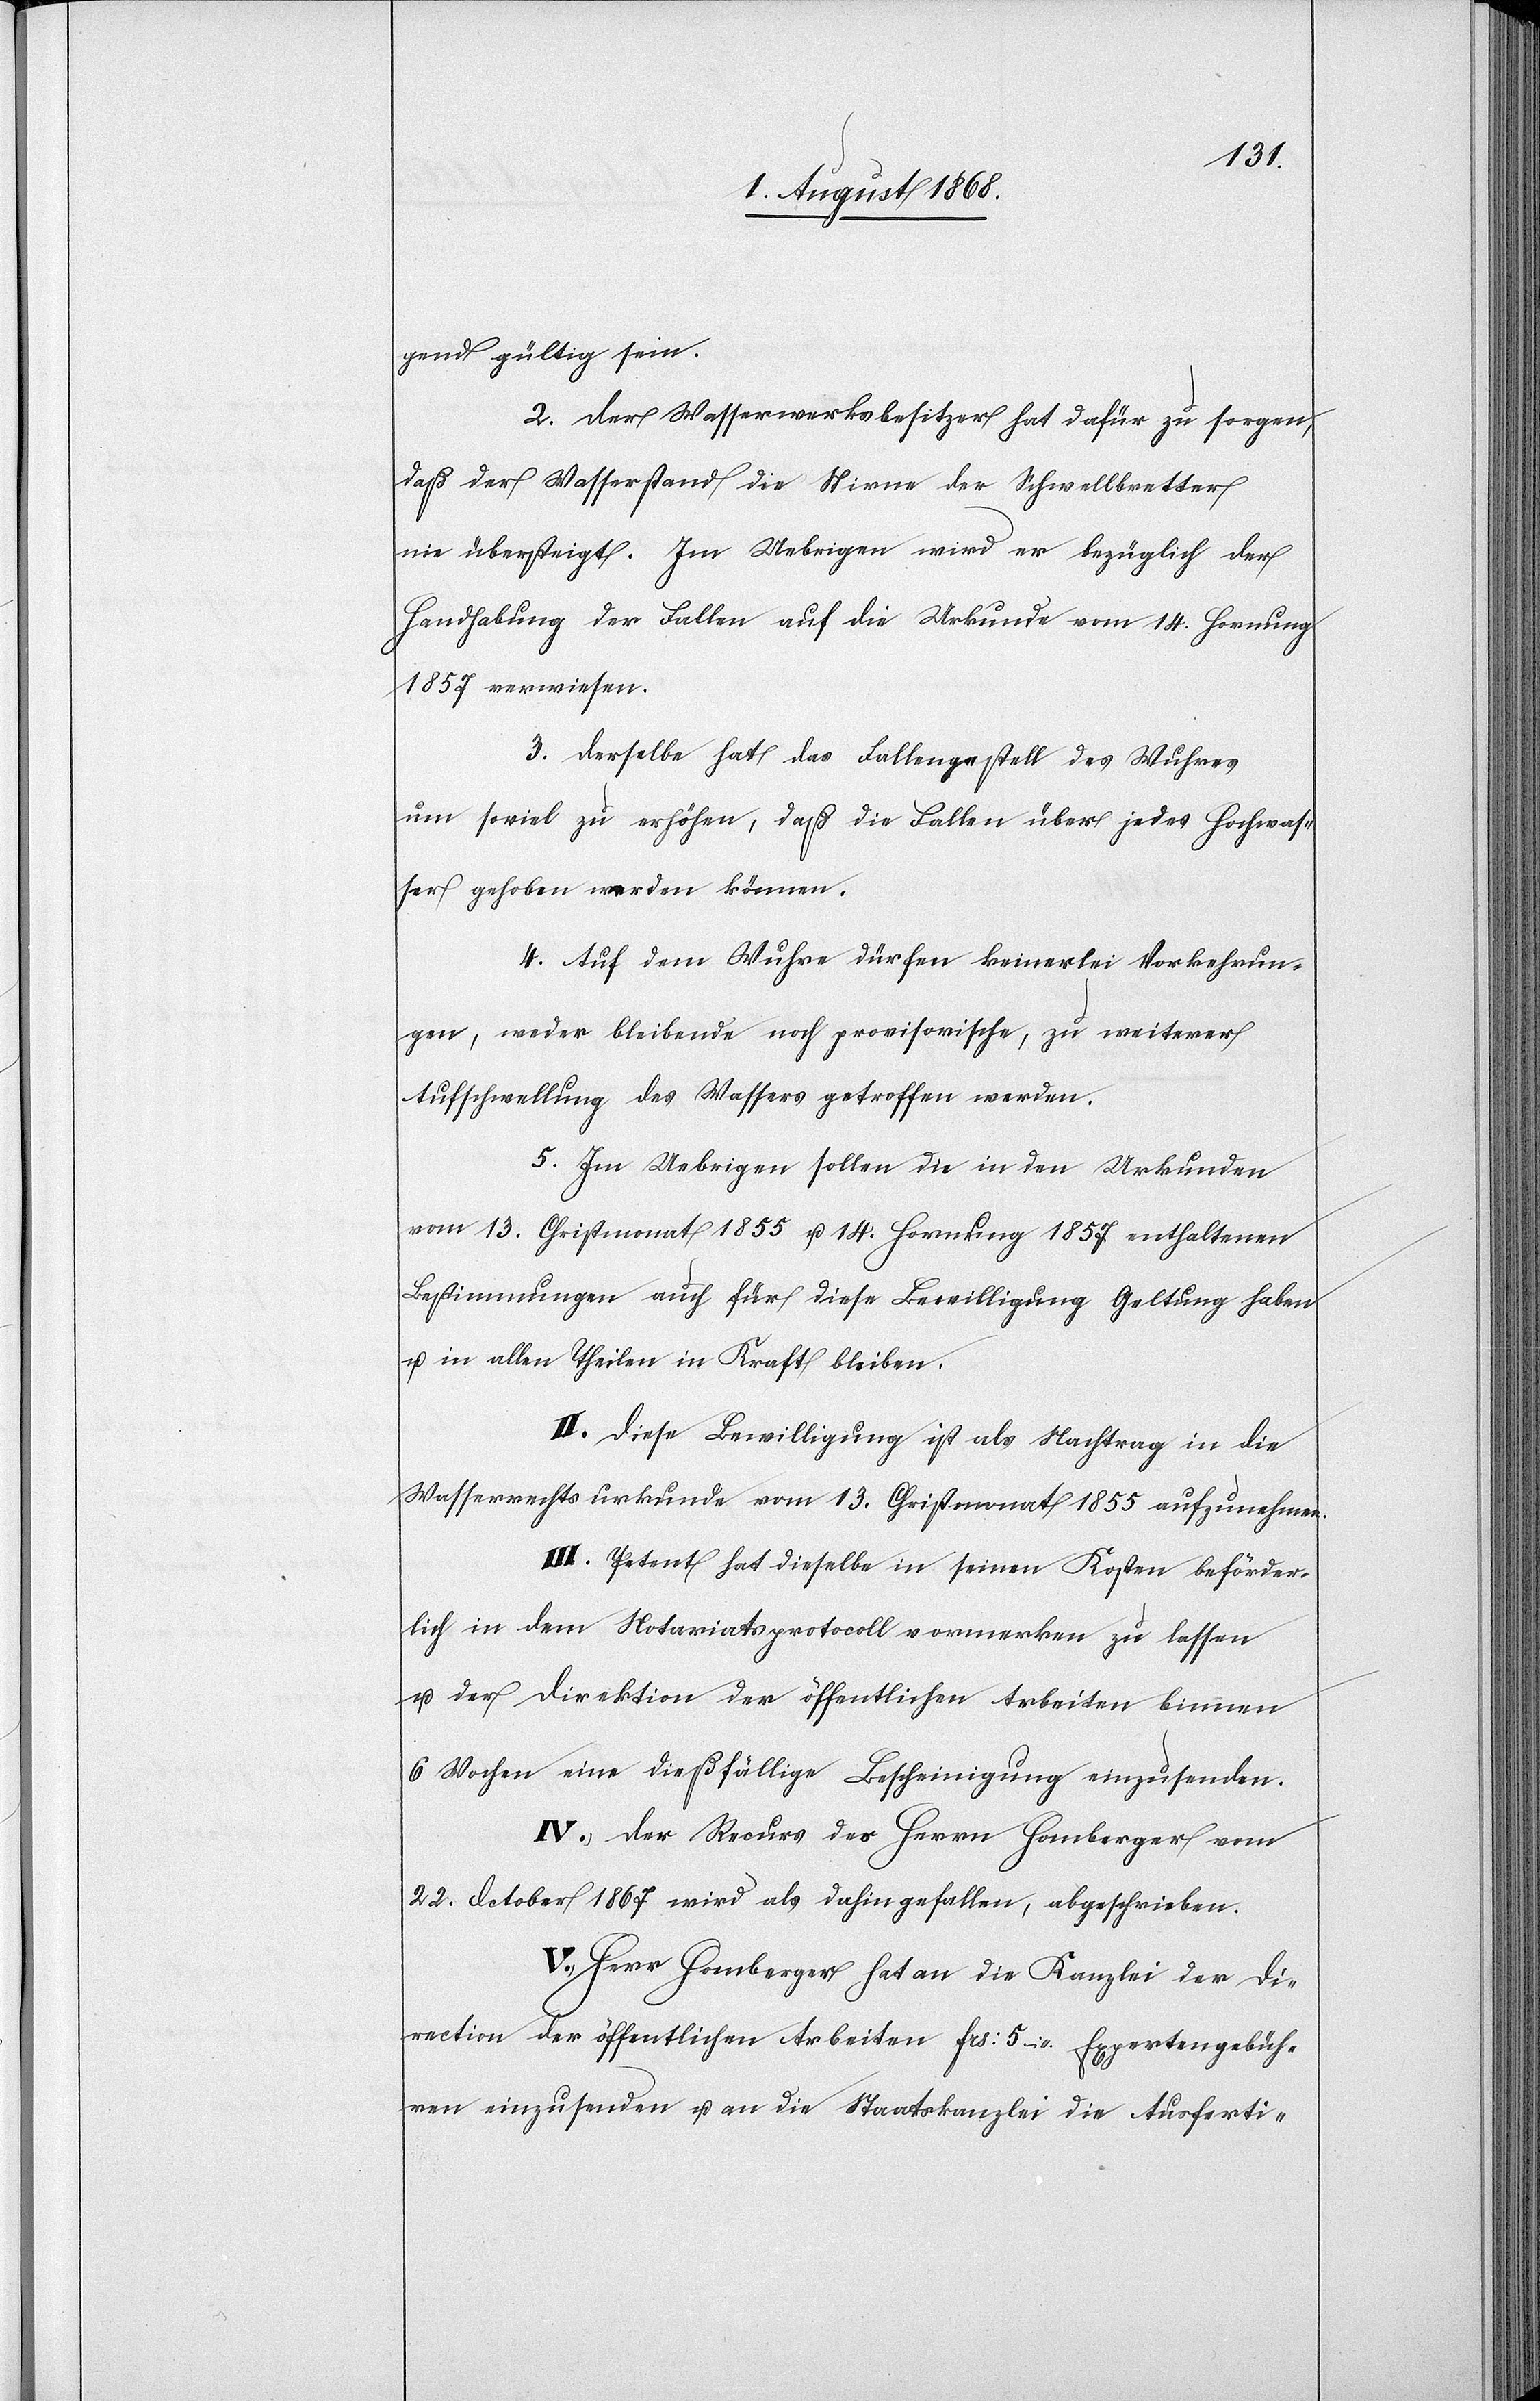
gend gültig sein.
2. Der Wasserwerksbesitzer hat dafür zu sorgen,
daß der Wasserstand die Stirne der Schwellbretter
nie übersteigt. Im Uebrigen wird er bezüglich der
Handhabung der Fallen auf die Urkunde vom 14. Hornung
1857 verwiesen.
3. Derselbe hat das Fallengestell des Wuhres
um soviel zu erhöhen, daß die Fallen über jedes Hochwas¬
ser gehoben werden können.
4. Auf dem Wuhre dürfen keinerlei Vorkehrun¬
gen, weder bleibende noch provisorische, zu weiterer
Aufschwellung des Wassers getroffen werden.
5. Im Uebrigen sollen die in den Urkunden
vom 13. Christmonat 1855 u. 14. Hornung 1857 enthaltenen
Bestimmungen auch für diese Bewilligung Geltung haben
u. in allen Theilen in Kraft bleiben.
II. Diese Bewilligung ist als Nachtrag in die
Wasserrechtsurkunde vom 13. Christmonat 1855 aufzunehmen.
III. Petent hat dieselbe in seinen Kosten beförder¬
lich in dem Notariatsprotocoll vormerken zu lassen
u. der Direktion der öffentlichen Arbeiten binnen
6 Wochen eine dießfällige Bescheinigung einzusenden.
IV. Der Recurs des Herrn Homberger vom
22. October 1867 wird als dahingefallen, abgeschrieben.
V. Herr Homberger hat an die Kanzlei der Di¬
rection der öffentlichen Arbeiten Frs: 5 – Expertengebüh¬
ren einzusenden u. an die Staatskanzlei die Ausferti-